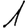
Digit: 1